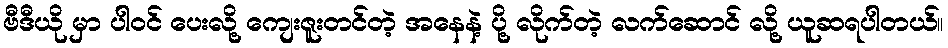
ဗီဒီယို မှာ ပါဝင် ပေးလို့ ကျေးဇူးတင်တဲ့ အနေနဲ့ ပို့ လိုက်တဲ့ လက်ဆောင် လို့ ယူဆရပါတယ်။